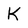
Character: K